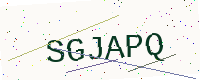
Text: SGJAPQ